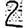
Digit: 2